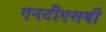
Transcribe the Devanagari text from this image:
एनटीएसबी